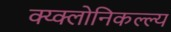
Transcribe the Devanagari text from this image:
क्य्क्लोनिकल्ल्य